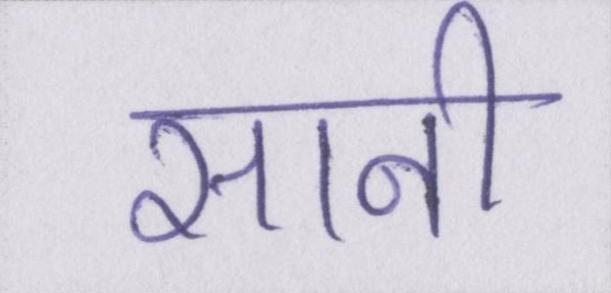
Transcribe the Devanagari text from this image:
सानी